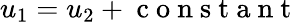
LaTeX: u_{1}=u_{2}+\mathrm{~c~o~n~s~t~a~n~t~}